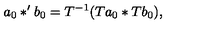
a _ { 0 } * ^ { \prime } b _ { 0 } = T ^ { - 1 } ( T a _ { 0 } * T b _ { 0 } ) ,